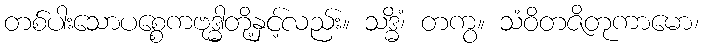
တစ်ပါးသောပစ္စေကဗုဒ္ဓါတို့နှင့်လည်း။ သဒ္ဓိံ၊ တကွ။ သံဝိတဇိတုကာမော၊